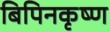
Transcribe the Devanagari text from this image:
बिपिनकृष्ण